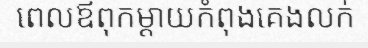
ពេលឪពុកម្តាយកំពុងគេងលក់